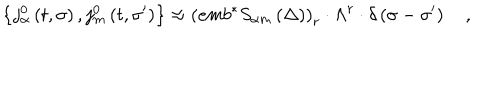
\left\{ j _ { \alpha } ^ { 0 } \left( t , \sigma \right) , j _ { m } ^ { 0 } \left( t , \sigma ^ { \prime } \right) \right\} \approx \left( e m b ^ { * } S _ { \alpha m } \left( \Delta \right) \right) _ { r } \cdot \Lambda ^ { r } \cdot \delta \left( \sigma - \sigma ^ { \prime } \right) \quad ,